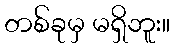
တစ်ခုမှ မရှိဘူး။